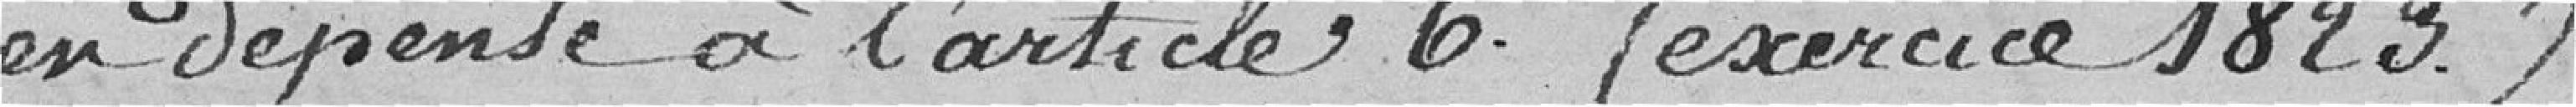
en dépense à l'article 6 (exercice 1823).